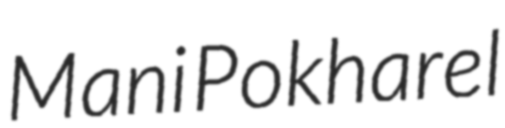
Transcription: Mani Pokharel